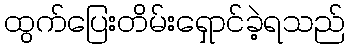
ထွက်ပြေးတိမ်းရှောင်ခဲ့ရသည်